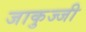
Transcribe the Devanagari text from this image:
जाकुज्जी